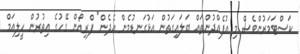
ކަސްޓަމަރުންވެސް މި އުފެއްދުންތައް ބަލައިގަތުން އަޅުގަނޑުމެން އެދެން" ފްރިއޯން ގޭހުގެ އިތުރުން ހީލިއަމް